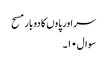
سر اور پاوں کا دوبار مسح
سوال۱۰۔